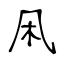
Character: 凩